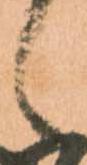
候